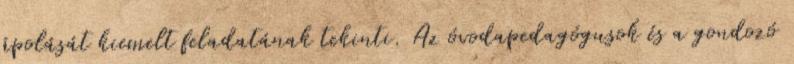
ápolását kiemelt feladatának tekinti. Az óvodapedagógusok és a gondozó